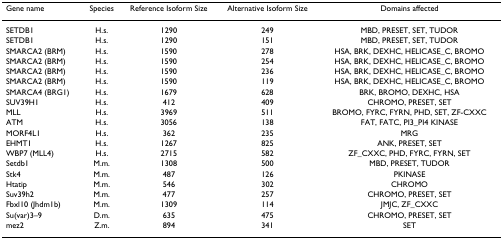
<table><thead><tr><td><b>Gene name</b></td><td><b>Species</b></td><td><b>Reference Isoform Size</b></td><td><b>Alternative Isoform Size</b></td><td><b>Domains affected</b></td></tr></thead><tbody><tr><td>SETDB1</td><td>H.s.</td><td>1290</td><td>249</td><td>MBD, PRESET, SET, TUDOR</td></tr><tr><td>SETDB1</td><td>H.s.</td><td>1290</td><td>151</td><td>MBD, PRESET, SET, TUDOR</td></tr><tr><td>SMARCA2 (BRM)</td><td>H.s.</td><td>1590</td><td>278</td><td>HSA, BRK, DEXHC, HELICASE_C, BROMO</td></tr><tr><td>SMARCA2 (BRM)</td><td>H.s.</td><td>1590</td><td>254</td><td>HSA, BRK, DEXHC, HELICASE_C, BROMO</td></tr><tr><td>SMARCA2 (BRM)</td><td>H.s.</td><td>1590</td><td>236</td><td>HSA, BRK, DEXHC, HELICASE_C, BROMO</td></tr><tr><td>SMARCA2 (BRM)</td><td>H.s.</td><td>1590</td><td>119</td><td>HSA, BRK, DEXHC, HELICASE_C, BROMO</td></tr><tr><td>SMARCA4 (BRG1)</td><td>H.s.</td><td>1679</td><td>628</td><td>BRK, BROMO, DEXHC, HSA</td></tr><tr><td>SUV39H1</td><td>H.s.</td><td>412</td><td>409</td><td>CHROMO, PRESET, SET</td></tr><tr><td>MLL</td><td>H.s.</td><td>3969</td><td>511</td><td>BROMO, FYRC, FYRN, PHD, SET, ZF-CXXC</td></tr><tr><td>ATM</td><td>H.s.</td><td>3056</td><td>138</td><td>FAT, FATC, PI3_PI4 KINASE</td></tr><tr><td>MORF4L1</td><td>H.s.</td><td>362</td><td>235</td><td>MRG</td></tr><tr><td>EHMT1</td><td>H.s.</td><td>1267</td><td>825</td><td>ANK, PRESET, SET</td></tr><tr><td>WBP7 (MLL4)</td><td>H.s.</td><td>2715</td><td>582</td><td>ZF_CXXC, PHD, FYRC, FYRN, SET</td></tr><tr><td>Setdb1</td><td>M.m.</td><td>1308</td><td>500</td><td>MBD, PRESET, TUDOR</td></tr><tr><td>Stk4</td><td>M.m.</td><td>487</td><td>126</td><td>PKINASE</td></tr><tr><td>Htatip</td><td>M.m.</td><td>546</td><td>302</td><td>CHROMO</td></tr><tr><td>Suv39h2</td><td>M.m.</td><td>477</td><td>257</td><td>CHROMO, PRESET, SET</td></tr><tr><td>Fbxl10 (Jhdm1b)</td><td>M.m.</td><td>1309</td><td>114</td><td>JMJC, ZF_CXXC</td></tr><tr><td>Su(var)3–9</td><td>D.m.</td><td>635</td><td>475</td><td>CHROMO, PRESET, SET</td></tr><tr><td>mez2</td><td>Z.m.</td><td>894</td><td>341</td><td>SET</td></tr></tbody></table>